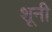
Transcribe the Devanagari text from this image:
शूनी